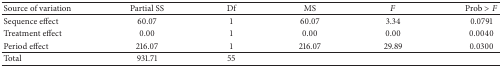
| Source of variation | Partial SS | Df | MS | F | Prob > F |
 | --- | --- | --- | --- | --- | --- |
 | Sequence effect | 60.07 | 1 | 60.07 | 3.34 | 0.0791 |
 | Treatment effect | 0.00 | 1 | 0.00 | 0.00 | 0.0040 |
 | Period effect | 216.07 | 1 | 216.07 | 29.89 | 0.0300 |
 | Total | 931.71 | 55 |  |  |  |